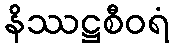
နိဿဋ္ဌစီဝရံ